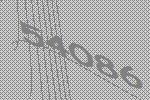
54086